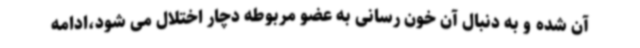
آن شده و به دنبال آن خون رسانی به عضو مربوطه دچار اختلال می شود،ادامه